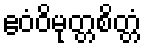
ဧဝံဝိမုတ္တစိတ္တံ